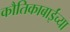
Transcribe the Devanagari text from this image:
कौतिकाबाईंच्या